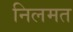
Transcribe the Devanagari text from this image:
निलमत